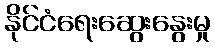
နိုင်ငံရေးဆွေးနွေးမှု